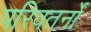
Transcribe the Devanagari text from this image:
परिवतर्नों